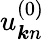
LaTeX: u_{\boldsymbol{k}n}^{(0)}